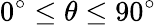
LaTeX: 0^{\circ}\leq\theta\leq 90^{\circ}